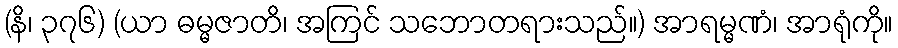
(နိ၊ ၃၇၆) (ယာ ဓမ္မဇာတိ၊ အကြင် သဘောတရားသည်။) အာရမ္မဏံ၊ အာရုံကို။